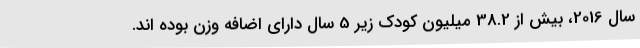
سال 2016، بیش از 38.2 میلیون کودک زیر 5 سال دارای اضافه وزن بوده اند.